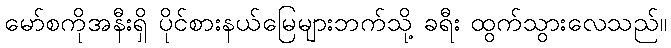
မော်စကိုအနီးရှိ ပိုင်စားနယ်မြေများဘက်သို့ ခရီး ထွက်သွားလေသည်။